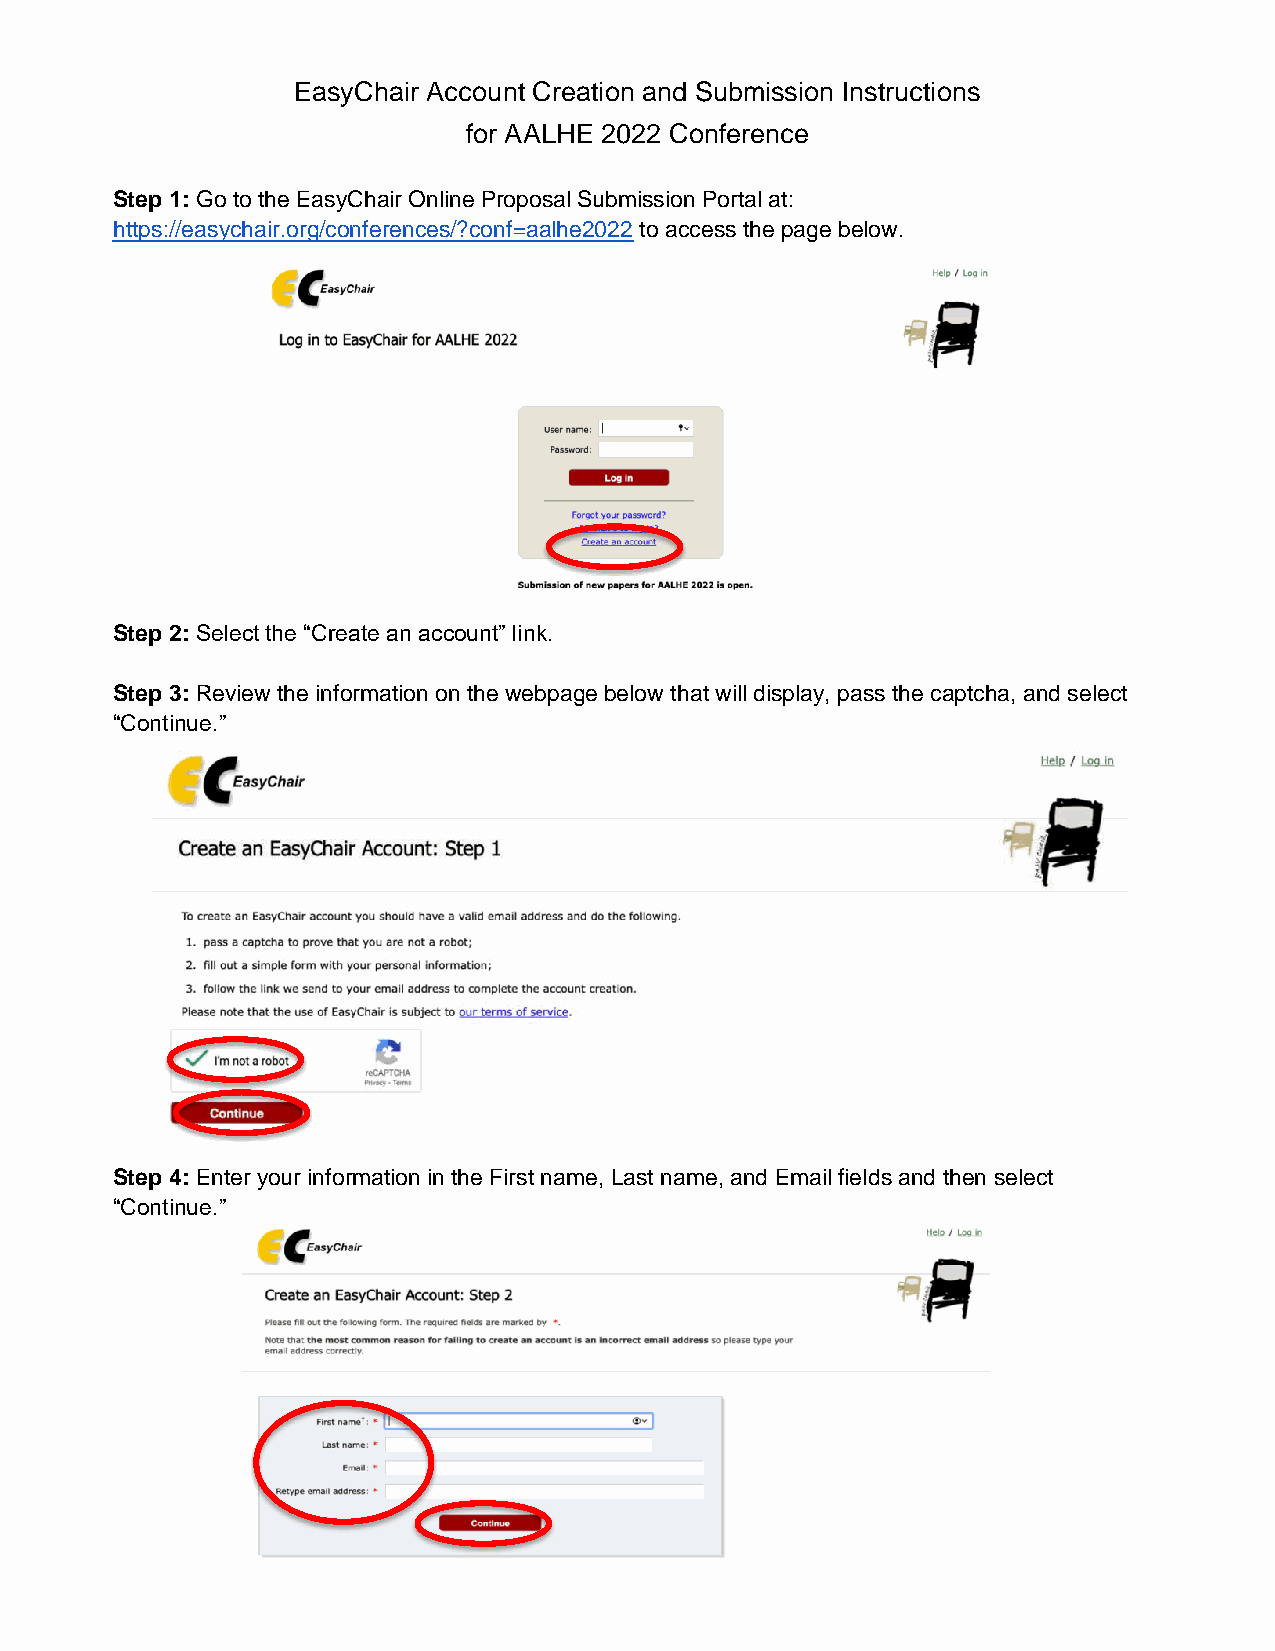
EasyChair Account Creation and Submission Instructions
 for AALHE 2022 Conference
 Step 1: Go to the EasyChair Online Proposal Submission Portal at:
 https://easychair.org/conferences/?conf=aalhe2022 to access the page below.
 Step 2: Select the “Create an account” link.
 Step 3: Review the information on the webpage below that will display, pass the captcha, and select
 “Continue.”
 Step 4: Enter your information in the First name, Last name, and Email fields and then select
 “Continue.”